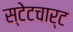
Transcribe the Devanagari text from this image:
स्टेटचार्ट